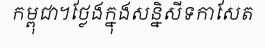
កម្ពុជា។ថ្លែងក្នុងសន្និសីទកាសែត